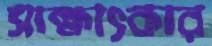
সাক্ষাৎকার